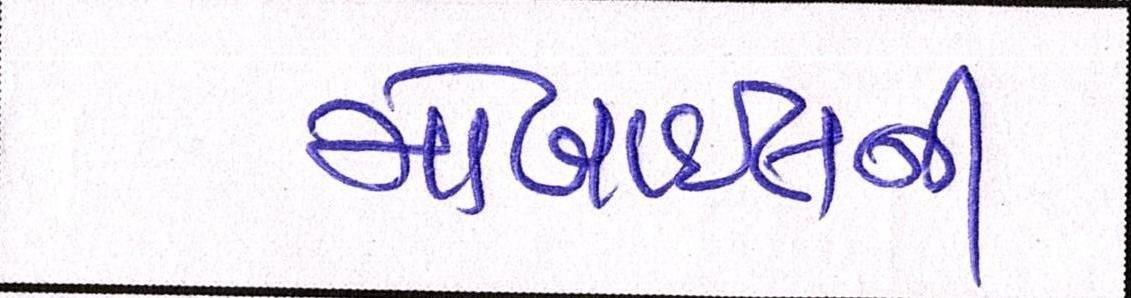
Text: મોબાઈલની